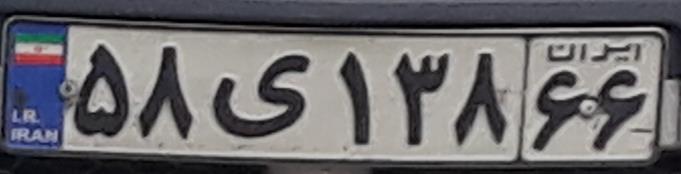
۵۸ی۱۳۸۶۶